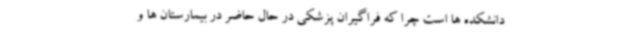
دانشکده ها است چرا که فراگیران پزشکی در حال حاضر در بیمارستان ها و